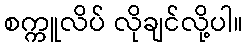
စက္ကူလိပ် လိုချင်လို့ပါ။